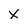
Character: X